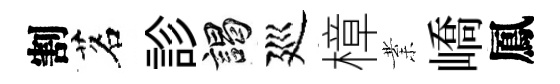
割茗診謁廵樟業嶠鳳